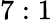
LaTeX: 7:1